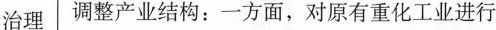
治理 调整产业结构：一方面，对原有重化工业进行